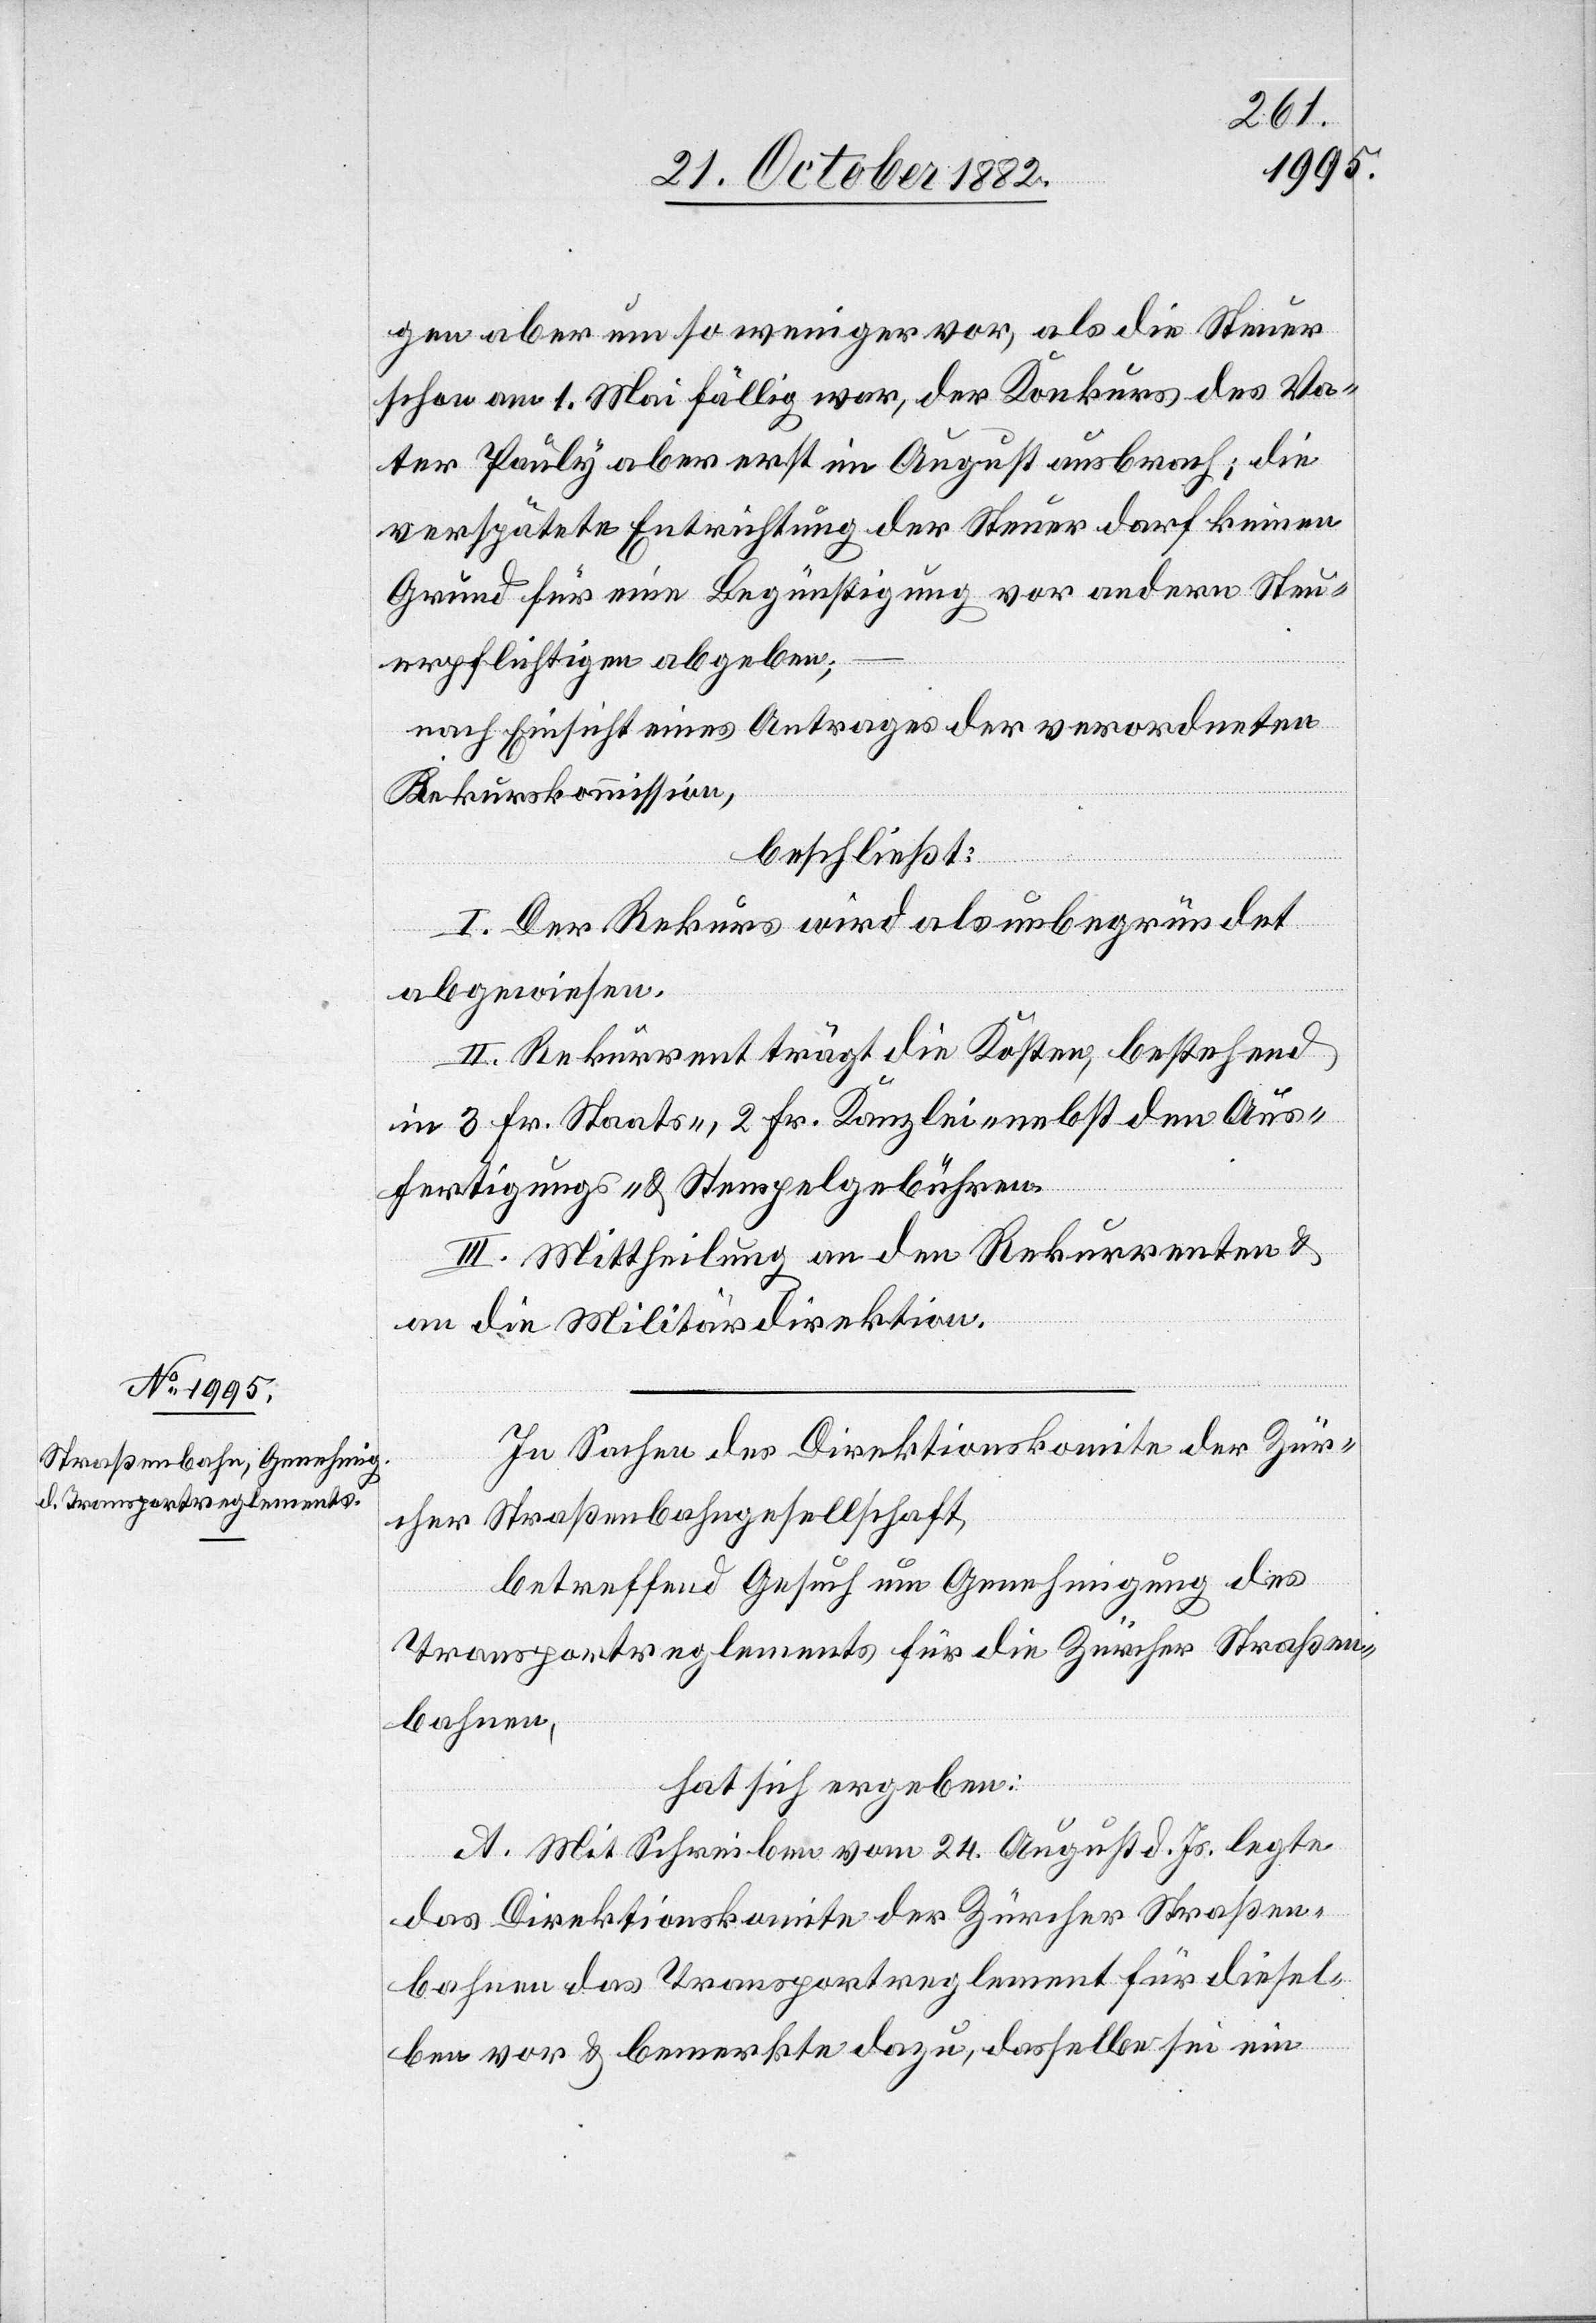
gen aber um so weniger vor, als die Steuer
schon am 1. Mai fällig war, der Konkurs des Va¬
ter Pauly aber erst im August ausbrach; die
verspätete Entrichtung der Steuer darf keinen
Grund für eine Begünstigung vor andern Steu¬
erpflichten abgeben;
nach Einsicht eines Antrages der verordneten
Rekurskommission,
beschließt:
I. Der Rekurs wird als unbegründet
abgewiesen.
II. Rekurrent trägt die Kosten, bestehend
in 3 Fr. Staats-, 2 Fr. Kanzlei- nebst den Aus¬
fertigungs- & Stempelgebühren.
III. Mittheilung an den Rekurrenten &
an die Militärdirektion.
In Sachen des Direktionskomite der Zür¬
cher Straßenbahngesellschaft,
betreffend Gesuch um Genehmigung des
Transportreglements für die Zürcher Straßen¬
bahnen,
hat sich ergeben:
A. Mit Schreiben vom 24. August d. Js. legte
das Direktionskomite der Zürcher Straßen¬
bahnen das Transportreglement für diesel¬
ben vor & bemerkte dazu, dasselbe sei ein